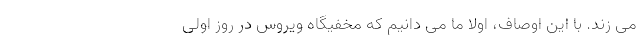
می زند. با این اوصاف، اولاً ما می دانیم که مخفیگاه ویروس در روز اولی